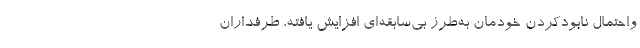
واحتمال نابودکردنِ خودمان به‌طرز بی‌سابقه‌ای افزایش یافته، طرفداران